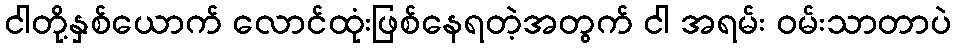
ငါတို့နှစ်ယောက် လောင်ထုံးဖြစ်နေရတဲ့အတွက် ငါ အရမ်း ဝမ်းသာတာပဲ